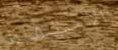
الاحتفاظ